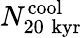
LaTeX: N_{20\; \mathrm{kyr}}^{\mathrm{cool}}